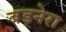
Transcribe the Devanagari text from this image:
बड़नेरा